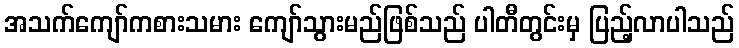
အသက်ကျော်ကစားသမား ကျော်သွားမည်ဖြစ်သည် ပါတီတွင်းမှ ပြည့်လာပါသည်